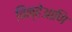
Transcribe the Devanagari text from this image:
चिन्हेआणि